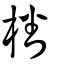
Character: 橎